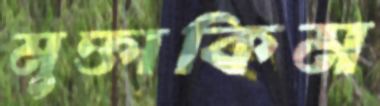
মুক্তাকিম